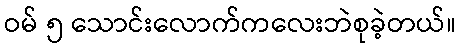
ဝမ် ၅ သောင်းလောက်ကလေးဘဲစုခဲ့တယ်။